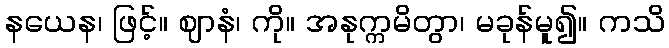
နယေန၊ ဖြင့်။ ဈာနံ၊ ကို။ အနုက္ကမိတွာ၊ မခုန်မူ၍။ ကသိ